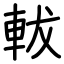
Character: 軷